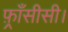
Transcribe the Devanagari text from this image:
फ़्राँसीसी।